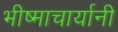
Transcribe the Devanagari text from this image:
भीष्माचार्यानी